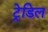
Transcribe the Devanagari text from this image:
ट्रेडिल